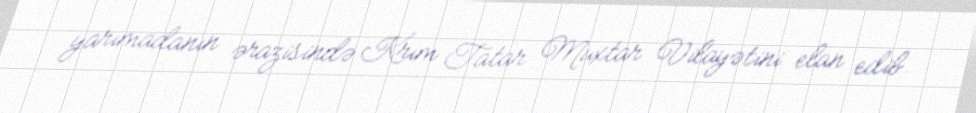
yarımadanın ərazisində Krım Tatar Muxtar Vilayətini elan edib.